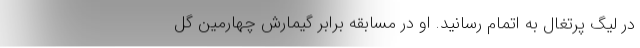
در لیگ پرتغال به اتمام رسانید. او در مسابقه برابر گیمارش چهارمین گل